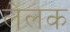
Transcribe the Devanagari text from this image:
लेलक